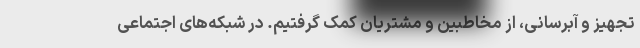
تجهیز و آبرسانی، از مخاطبین و مشتریان کمک گرفتیم. در شبکه‌های اجتماعی